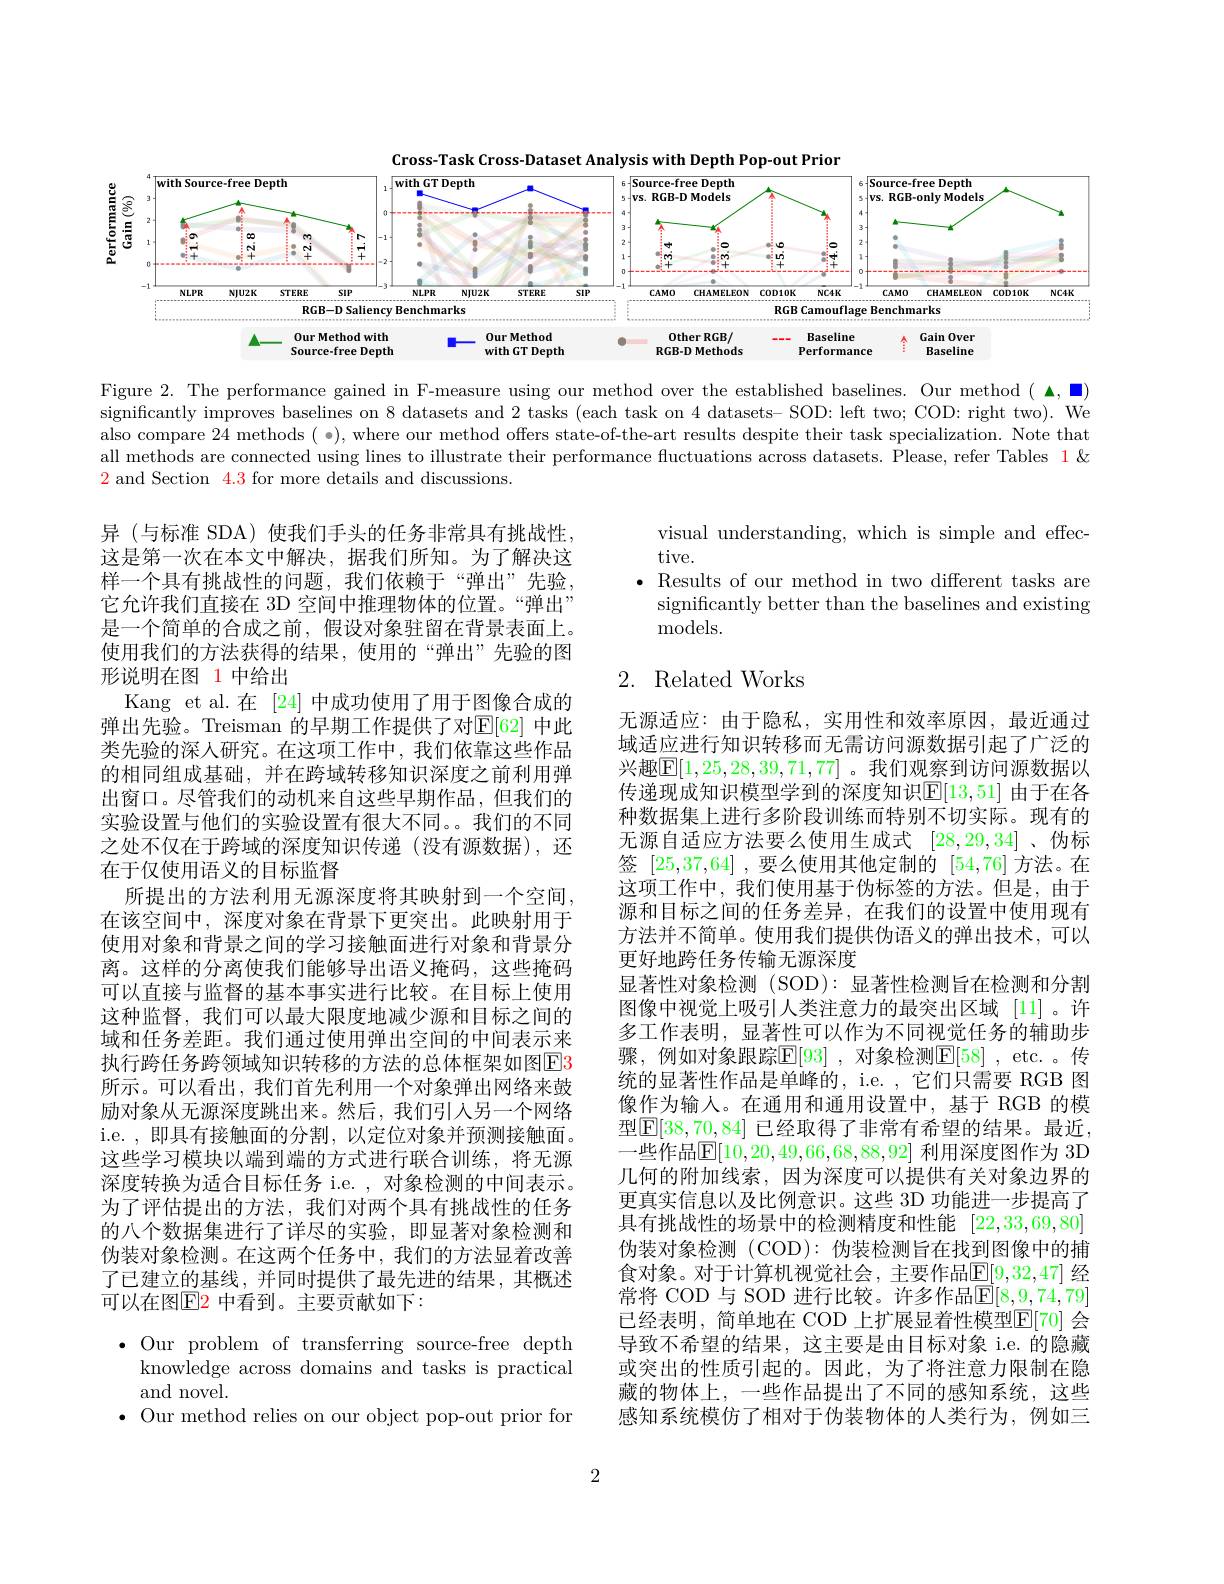
Cross-Task Cross-Dataset Analysis with Depth Pop-out Prior
<FigureHere>

Figure 2. The performance gained in F-measure using our method over the established baselines. Our method $(\spadesuit,\blacksquare)$ significantly improves baselines on 8 datasets and 2 tasks (each task on 4 datasets- SOD: left two; COD: right two). We also compare 24 methods (·), where our method offers state-of-the-art results despite their task specialization. Note that all methods are connected using lines to illustrate their performance fluctuations across datasets. Please, refer Tables 1 & $\color{red}{2\text{ and Section }4.3\text{ for more details and discussions}.}$

visual understanding, which is simple and effec-
tive.
$\bullet$ Results of our method in two different tasks are
significantly better than the baselines and existing
$\bar{\mathrm{models.}}$

# 2. Related Works

异(与标准 SDA)使我们手头的任务非常具有挑战性， 这是第一次在本文中解决，据我们所知。为了解决这样一个具有挑战性的问题，我们依赖于“弹出”先验， 它允许我们直接在 3D 空间中推理物体的位置。“弹出” 是一个简单的合成之前，假设对象驻留在背景表面上。使用我们的方法获得的结果，使用的“弹出”先验的图形说明在图 1 中给出
Kang et al.在 [24] 中成功使用了用于图像合成的弹出先验。Treisman 的早期工作提供了对$\mathbb{E}[62]$ 中此类先验的深人研究。在这项工作中，我们依靠这些作品的相同组成基础，并在跨域转移知识深度之前利用弹出窗口。尽管我们的动机来自这些早期作品，但我们的实验设置与他们的实验设置有很大不同。我们的不同之处不仅在于跨域的深度知识传递(没有源数据),还在于仅使用语义的目标监督
所提出的方法利用无源深度将其映射到一个空间， 在该空间中，深度对象在背景下更突出。此映射用于使用对象和背景之间的学习接触面进行对象和背景分离。这样的分离使我们能够导出语义掩码，这些掩码可以直接与监督的基本事实进行比较。在目标上使用这种监督，我们可以最大限度地减少源和目标之间的域和任务差距。我们通过使用弹出空间的中间表示来执行跨任务跨领域知识转移的方法的总体框架如图E3所示。可以看出，我们首先利用一个对象弹出网络来鼓励对象从无源深度跳出来。然后，我们引人另一个网络i.e. ,即具有接触面的分割，以定位对象并预测接触面。这些学习模块以端到端的方式进行联合训练，将无源深度转换为适合目标任务 i.e. , 对象检测的中间表示。为了评估提出的方法，我们对两个具有挑战性的任务的八个数据集进行了详尽的实验，即显著对象检测和伪装对象检测。在这两个任务中，我们的方法显着改善了已建立的基线，并同时提供了最先进的结果，其概述可以在图$\color{red}{\mathrm{E2}}$ 中看到。主要贡献如下：

无源适应：由于隐私，实用性和效率原因，最近通过域适应进行知识转移而无需访问源数据引起了广泛的兴趣$\mathbb{E}[1,25,28,39,71,77]$ 。我们观察到访问源数据以传递现成知识模型学到的深度知识$\mathbb{E}[13,51]$ 由于在各种数据集上进行多阶段训练而特别不切实际。现有的无源自适应方法要么使用生成式[28,29,34] 、伪标签[25,37,64] ,要么使用其他定制的[54,76]方法。在这项工作中，我们使用基于伪标签的方法。但是，由于源和目标之间的任务差异，在我们的设置中使用现有方法并不简单。使用我们提供伪语义的弹出技术，可以更好地跨任务传输无源深度
显著性对象检测(SOD):显著性检测旨在检测和分割图像中视觉上吸引人类注意力的最突出区域 [11]。许多工作表明，显著性可以作为不同视觉任务的辅助步骤，例如对象跟踪$\overline{\mathbb{E}}[93]$ ,对象检测$\mathbb{E}[58]$ ,etc. 。传统的显著性作品是单峰的，i.e. ,它们只需要 RGB 图像作为输入。在通用和通用设置中，基于 RGB 的模型$\mathbb{E}[38,70,84]$ 已经取得了非常有希望的结果。最近， 一些作品$\mathbb{E}[10,20,49,66,68,88,92]$ 利用深度图作为 3D 几何的附加线索，因为深度可以提供有关对象边界的更真实信息以及比例意识。这些 3D 功能进一步提高了具有挑战性的场景中的检测精度和性能[22,33,69,80] 伪装对象检测 (COD): 伪装检测旨在找到图像中的捕食对象。对于计算机视觉社会，主要作品$\mathbb{E}[9,32,47]$ 经常将 COD 与 SOD 进行比较。许多作品$\mathbb{E}[8,9,74,79]$ 已经表明，简单地在 COD 上扩展显着性模型$\mathbb{E}[70]$ 会导致不希望的结果，这主要是由目标对象 i.e. 的隐藏或突出的性质引起的。因此，为了将注意力限制在隐藏的物体上，一些作品提出了不同的感知系统，这些感知系统模仿了相对于伪装物体的人类行为，例如三

$\bullet$ Our problem of transferring source-free depth
knowledge across domains and tasks is practical
and novel.
$\bullet$ Our method relies on our object pop-out prior for

2